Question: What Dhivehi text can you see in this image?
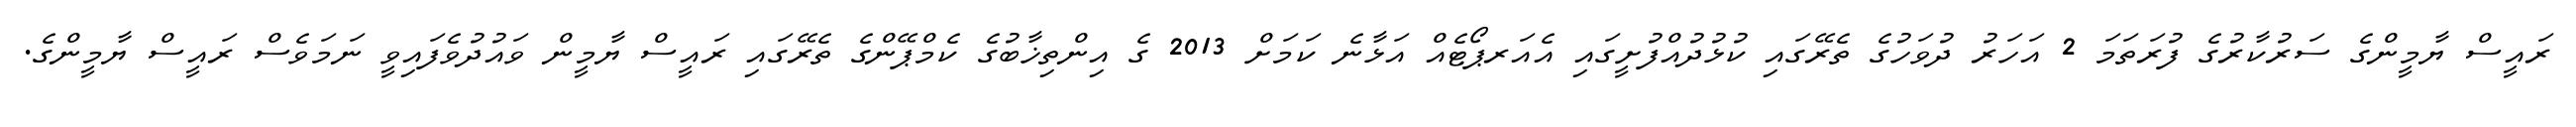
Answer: ރައީސް ޔާމީންގެ ސަރުކާރުގެ ފުރަތަމަ 2 އަހަރު ދުވަހުގެ ތެރޭގައި ކުޅުދުއްފުށީގައި އެއަރޕޯޓެއް އަޅާނެ ކަމަށް 2013 ގެ އިންތިޚާބުގެ ކެމްޕޭންގެ ތެރޭގައި ރައީސް ޔާމީން ވައުދުވެފައިވީ ނަމަވެސް ރައީސް ޔާމީންގެ.